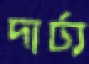
দার্ঢ্য